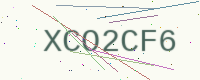
Text: XCO2CF6